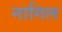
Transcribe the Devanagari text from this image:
नागिल